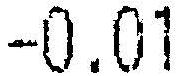
-0.01